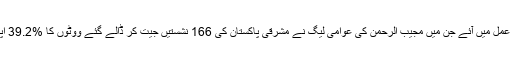
مختلف وجوہات کی بناء پر صرف 300 نشستوں پر انتخابات عمل میں آئے جن میں مجیب الرحمٰن کی عوامی لیگ نے مشرقی پاکستان کی 166 نشستیں جیت کر ڈالے گئے ووٹوں کا %39.2 اپنے نام کیا اور ملک کی سب سے بڑی جماعت بن کر اُبھری۔